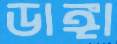
ডাঙ্গা